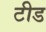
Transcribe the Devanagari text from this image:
टीड